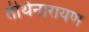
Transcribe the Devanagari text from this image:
तीर्थनारायण